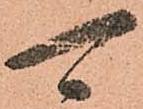
可